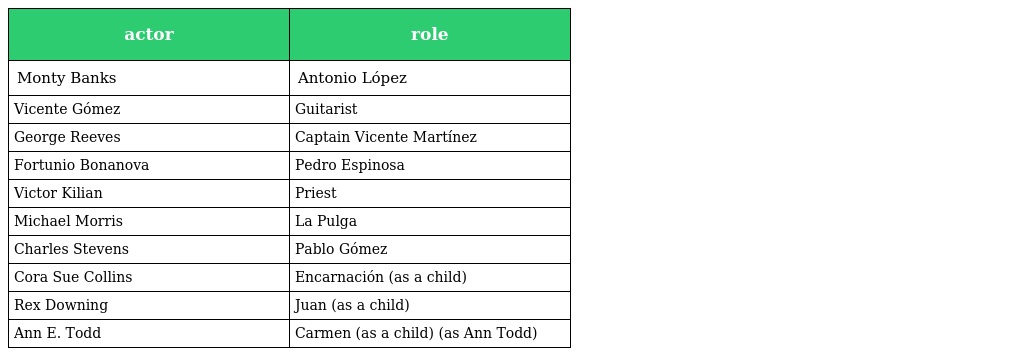
| actor | role |
 | --- | --- |
 | Monty Banks | Antonio López |
 | Vicente Gómez | Guitarist |
 | George Reeves | Captain Vicente Martínez |
 | Fortunio Bonanova | Pedro Espinosa |
 | Victor Kilian | Priest |
 | Michael Morris | La Pulga |
 | Charles Stevens | Pablo Gómez |
 | Cora Sue Collins | Encarnación (as a child) |
 | Rex Downing | Juan (as a child) |
 | Ann E. Todd | Carmen (as a child) (as Ann Todd) |